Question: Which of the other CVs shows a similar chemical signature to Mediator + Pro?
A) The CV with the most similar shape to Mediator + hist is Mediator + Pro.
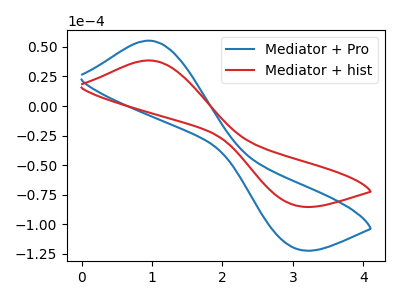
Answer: <think>The blue curve "Mediator + Pro" has an anodic peak at (0.95V, 55.30uA) and a cathodic peak at (3.00V, -120.25uA). The red curve "Mediator + hist" has an anodic peak at (0.95V, 38.60uA) and a cathodic peak at (3.00V, -83.90uA).
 All the peaks in "Mediator + Pro" have a peak in "Mediator + hist" at the same potential. Every peak in "Mediator + Pro" is higher than every peak in "Mediator + hist".</think>
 <answer>A) The CV with the most similar shape to "Mediator + hist" is "Mediator + Pro".</answer>
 <eval>A</eval>